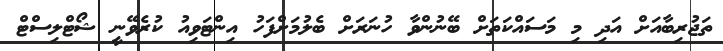
ތަޖުރިބާއަށް އަދި މި މަސައްކަތަށް ބޭނުންވާ ހުނަރަށް ބެލުމަށްފަހު އިންޓަވިއު ކުރެވޭނީ ޝޯޓްލިސްޓް